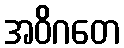
အဝိဂတေ